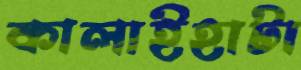
কালাইহাটা